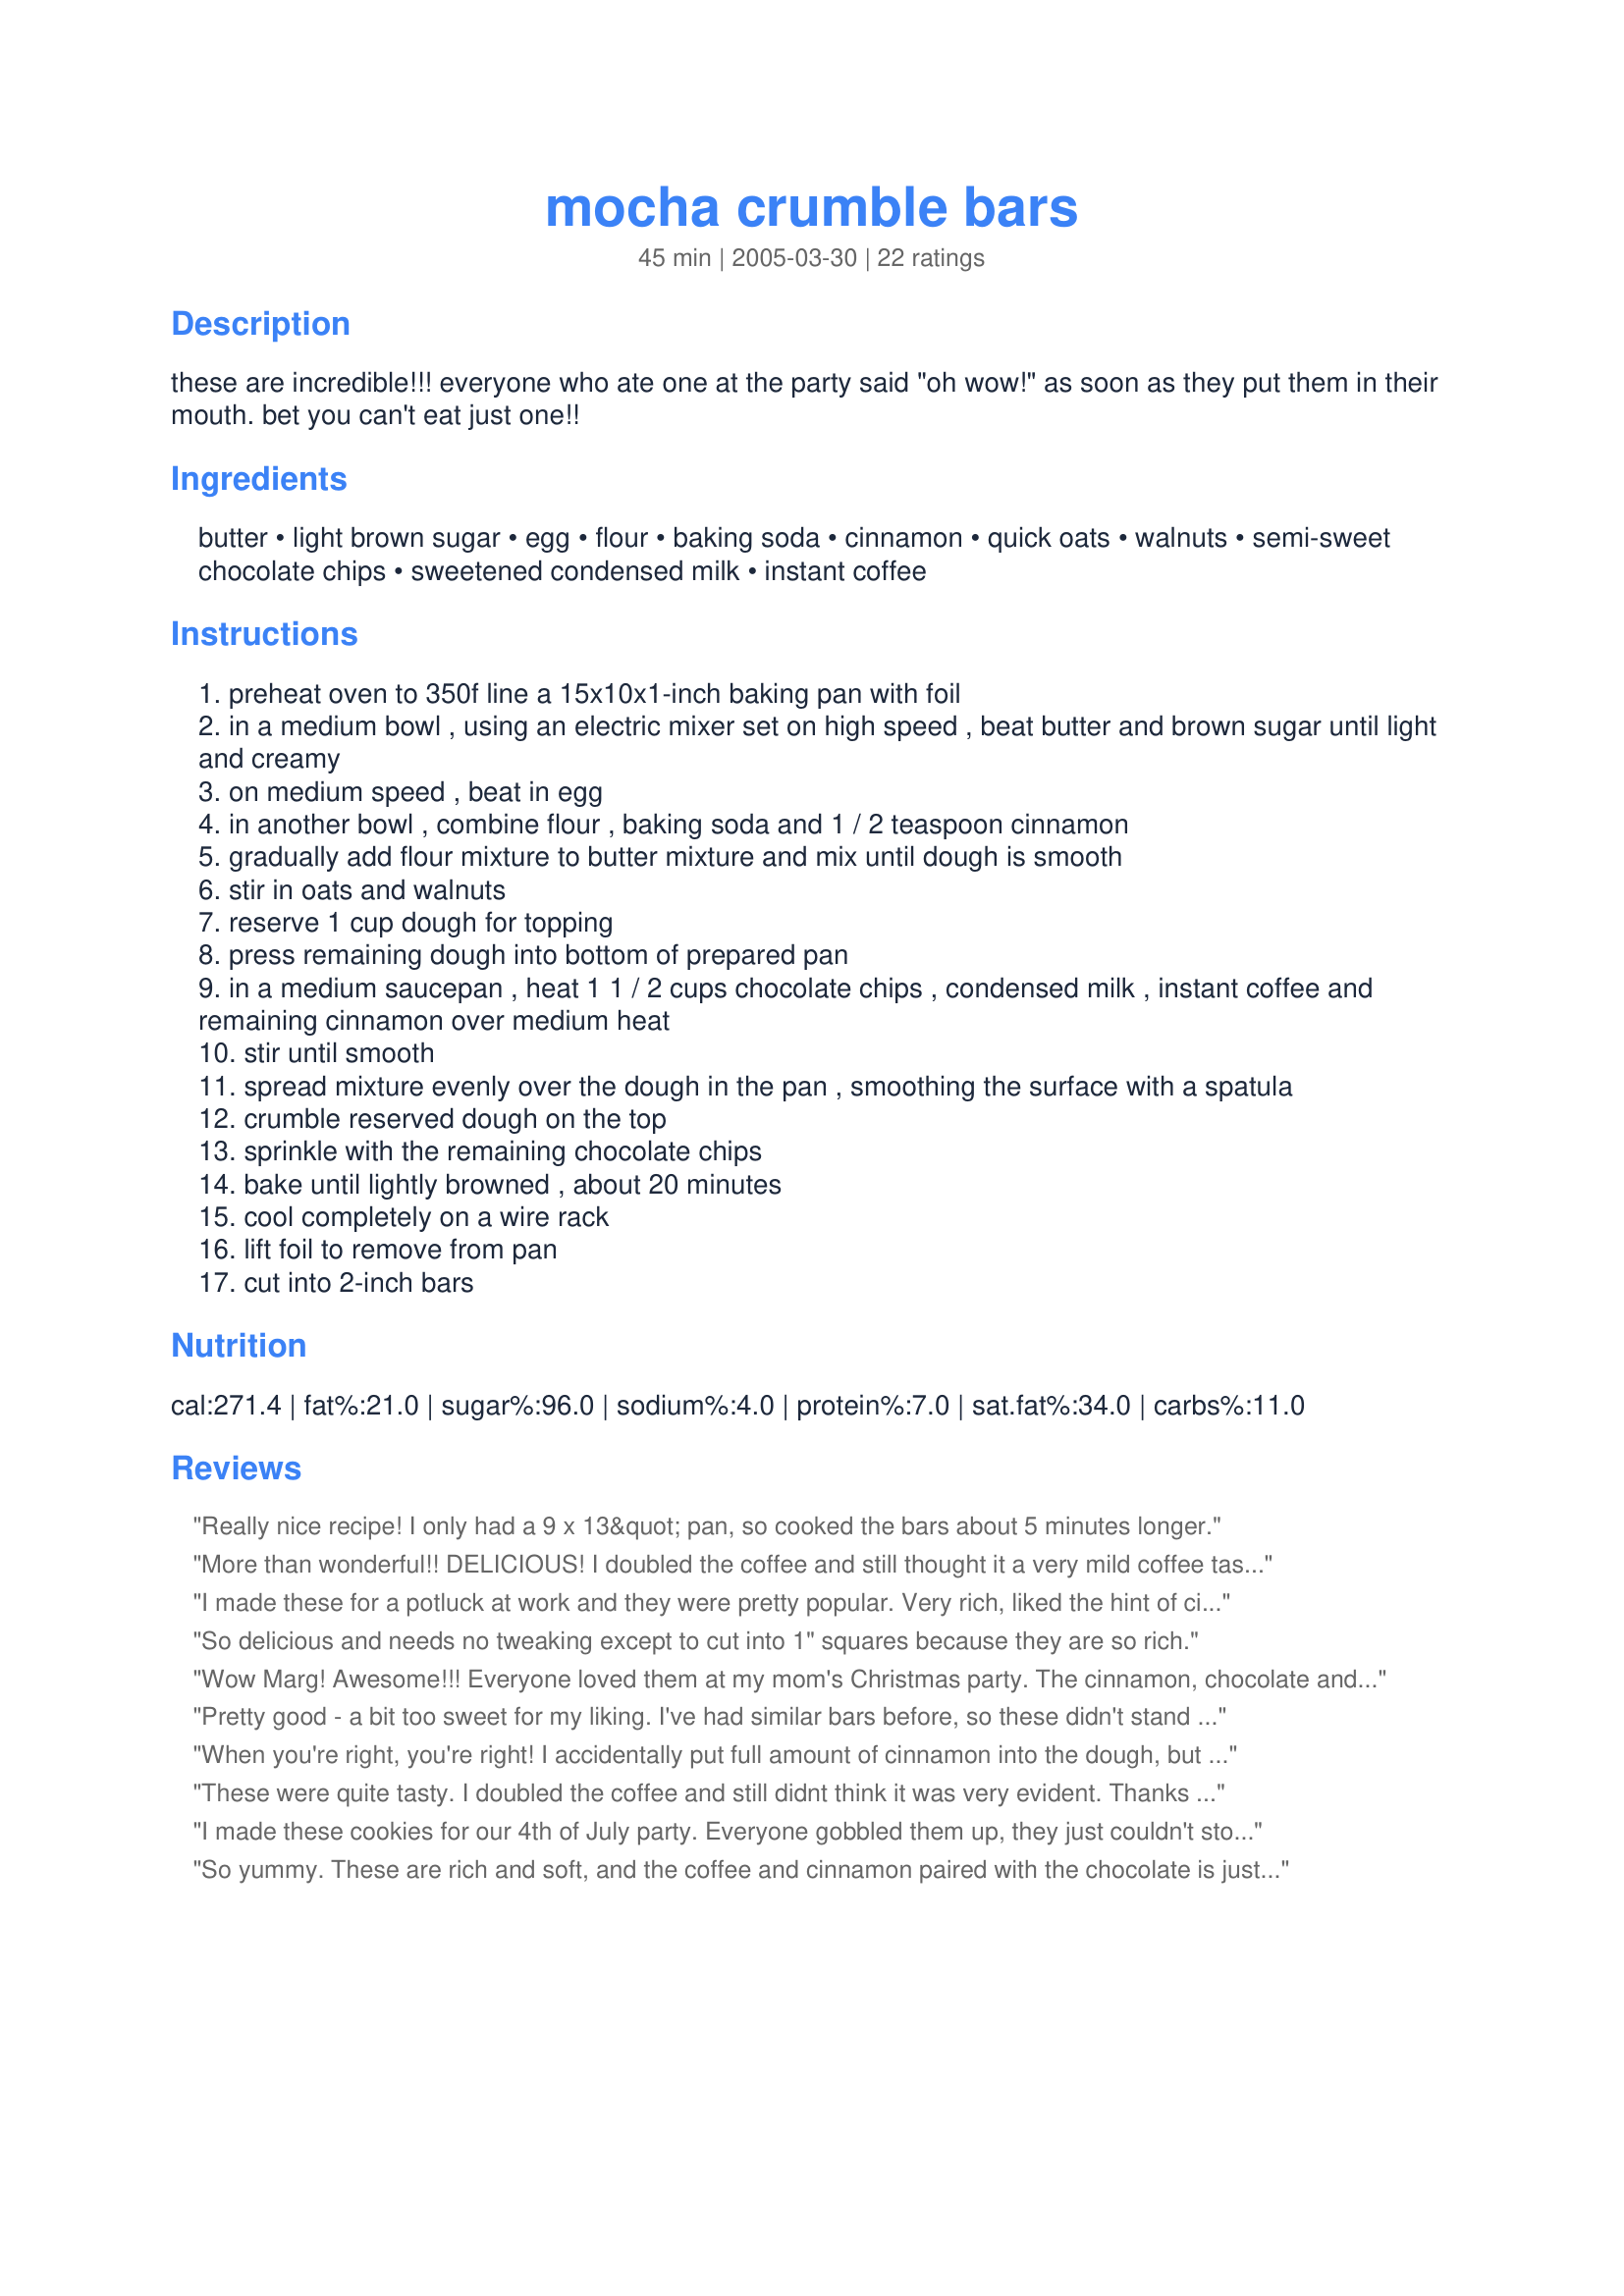
mocha crumble bars
Preparation time: 45 minutes

these are incredible!!! everyone who ate one at the party said "oh wow!" as soon as they put them in their mouth. bet you can't eat just one!!

Ingredients:
butter, light brown sugar, egg, flour, baking soda, cinnamon, quick oats, walnuts, semi-sweet chocolate chips, sweetened condensed milk, instant coffee

Steps:
preheat oven to 350f line a 15x10x1-inch baking pan with foil
in a medium bowl , using an electric mixer set on high speed , beat butter and brown sugar until light and creamy
on medium speed , beat in egg
in another bowl , combine flour , baking soda and 1 / 2 teaspoon cinnamon
gradually add flour mixture to butter mixture and mix until dough is smooth
stir in oats and walnuts
reserve 1 cup dough for topping
press remaining dough into bottom of prepared pan
in a medium saucepan , heat 1 1 / 2 cups chocolate chips , condensed milk , instant coffee and remaining cinnamon over medium heat
stir until smooth
spread mixture evenly over the dough in the pan , smoothing the surface with a spatula
crumble reserved dough on the top
sprinkle with the remaining chocolate chips
bake until lightly browned , about 20 minutes
cool completely on a wire rack
lift foil to remove from pan
cut into 2-inch bars

Reviews:
Really nice recipe! I only had a 9 x 13&quot; pan, so cooked the bars about 5 minutes longer.
More than wonderful!! DELICIOUS! I doubled the coffee and still thought it a very mild coffee taste. But I love how the chocolate layer gets so fudgy!
I made these for a potluck at work and they were pretty popular. Very rich, liked the hint of cinnamon and coffee. The only thing I forgot was the cold milk everyone kept asking for.:)
So delicious and needs no tweaking except to cut into 1" squares because they are so rich.
Wow Marg! Awesome!!! Everyone loved them at my mom's Christmas party. The cinnamon, chocolate and coffee gives these bars a unique taste. GREAT!!
Pretty good - a bit too sweet for my liking. I've had similar bars before, so these didn't stand out as anything extraordinary, but they were very soft and moist.
When you're right, you're right! I accidentally put full amount of cinnamon into the dough, but they still came out incredible! Thank you for posting!
These were quite tasty. I doubled the coffee and still didnt think it was very evident. Thanks for posting!
I made these cookies for our 4th of July party. Everyone gobbled them up, they just couldn't stop talking about them. These are going to be one of my new favorite ways to make chocolate chip cookies. I plan to make a big batch and freeze them for when I get a craving for rich chocolate!
So yummy. These are rich and soft, and the coffee and cinnamon paired with the chocolate is just heavenly. We liked them a lot at first, but then they grew on us even more and we couldn't stay out of them. :) They're really good cold - out of the fridge - as well. Mmmm. Thank you!!
These are really wonderful! Not too hard to make and I just love the crust! Not too much coffee flavor if you don't like that sort of thing, but easy to add more if you do. I didn't add the nuts for family who have aversions - but we didn't miss them at all! As for the smaller portions - chickens! ;-) Just kidding. Brace yourself, then pace yourself! ;-)-
These bars are incedible. I added some of my flavored oatmeal also..brown sugar cinnamon as well as putting some andes mints on top before baking. The mint flavored added a nice zip to the recipe.
Better than brownies! A real keeper
These were so unbelievably good! I had to adjust my cooking time because I only had a 9x13 pan available (added probably a good 20 minutes) but they still came out well. TIP: Do chill before cutting. It's great cold! So moist and fudgy.
I bake a lot for work cookies,cakes, etc. My co-workers say these are their favorite. I adjusted the recipe by adding a little vanilla flavoring and sprinkle more walnuts with the chips on top along with just a touch of finishing salt.
Only one thing can possibly improve these - freezing them! They are PHENOMENAL when snuck directly out of the bag that's supposed to keep them out of my snacky reach, and safe in the freezer. These bars are the perfect combination of chocolate, cookie, and the sweetness of condensed milk (although I've been asked if they contain coconut, honey and even caramel!) YUM!
Wow! Remember to cut these into small squares because they are RICH!! I refrigerated the whole pan of these overnight before cutting. I took the advice of other reviewers and put more coffee into the mixture. I doubled the coffee amount. This is a real keeper. The crumbles on top are a nice touch. Lining the pan with aluminum foil made for easy cleanup, too.
Hmm, Nestle Instant Coffee is not recommended for this recipe.. I am not a coffee drinker but do enjoy coffee favored desserts and ice cream, and Nestle is what I had on hand for guest that enjoy a cup of Joe..

These cookies were good, but I would not say they were GREAT! I highly think it was due to the brand of coffee used and not the recipe itself.. :)
These bars taste fantastic! The recipe is almost identical to my grandma's old Mennonite recipe for "Revel Bars" (Her recipe didn't have coffee in it.) I will definitely make these treats again. :)
thanks been searching EVERYWHERE for this recipe!!
these were very good. I did double the coffee as J-Lynn did. I could taste the coffee but my husband who doesn't like coffee didn't. i did not add the walnuts since we don't care for them in things like this
I loved these. But I thought the coffee flavor was too mild. I would say to double the amount. Very rich and very good.
So easy and yummy! I made these last night as part of my early Christmas baking, and I'm so glad I decided to try them. The only change I made was to substitute finely chopped pecans for the walnuts because that's what I had on hand. I'm really impressed with the fudgy-cinnamony flavor, and the "crumbles" on top are nice and crispy. Twenty minutes was the perfect amount of bake time for me. The only thing I may change in the future would be to add more instant coffee, because I can't really taste the coffee as the recipe is written. I've only had them room temperature so far, but I really look forward to trying them chilled and frozen after reading the previous reviewers' suggestions. Thanks so much for posting...I'm sure these are going to be a big hit!
